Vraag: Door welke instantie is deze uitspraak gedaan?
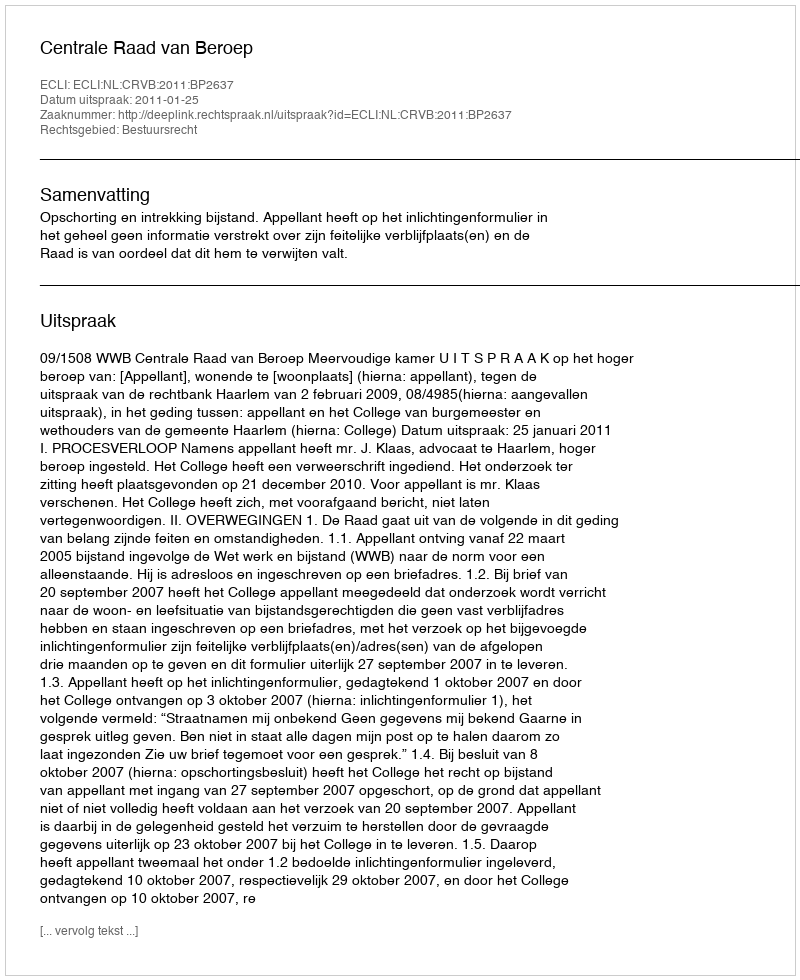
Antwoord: Centrale Raad van Beroep